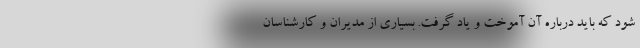
شود که باید درباره آن آموخت و یاد گرفت. بسیاری از مدیران و کارشناسان